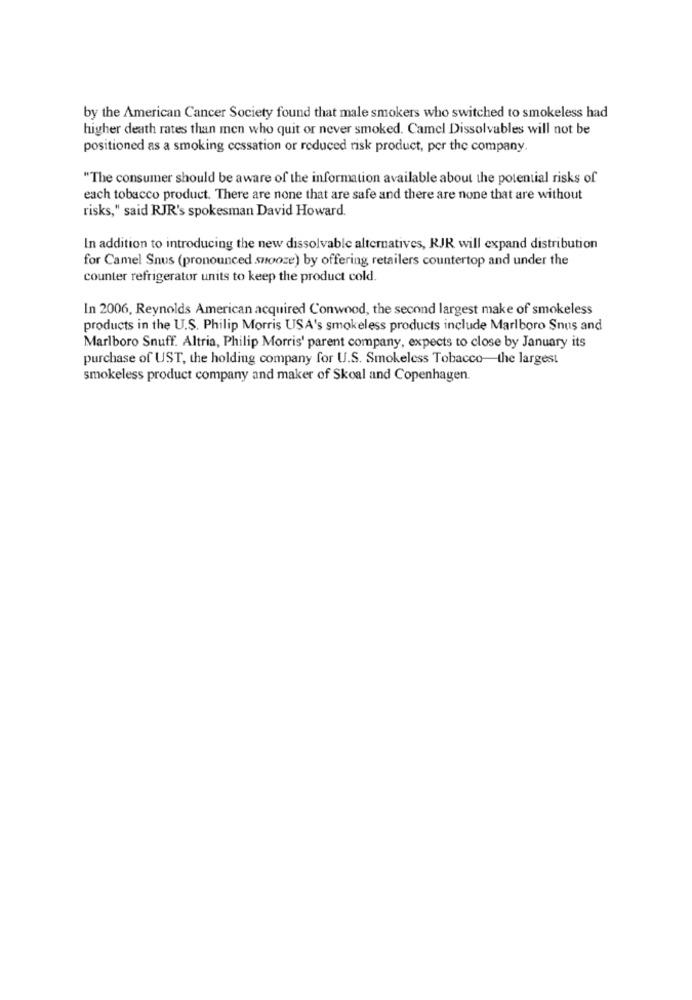
by the American Cancer Society found that male smokers who switched to smokeless had
higher death rates than men who quit or never smoked. Camel Dissolvables will not be
positioned as a smoking cessation or reduced risk product, per the company.
"The consumer should be aware of the information available about the potential risks of
each tobacco product. There are none that are safe and there are none that are without
risks," said RJR's spokesman David Howard.
In addition to introducing the new dissolvable alternatives, RJR will expand distribution
for Camel Snus (pronounced snooze) by offering retailers countertop and under the
counter refrigerator units to keep the product cold.
In 2006, Reynolds American acquired Conwood, the second largest make of smokeless
products in the U.S. Philip Morris USA's smokeless products include Marlboro Snus and
Marlboro Snuff. Altria, Philip Morris' parent company, expects to close by January its
purchase of UST, the holding company for U.S. Smokeless Tobacco-the largest
smokeless product company and maker of Skoal and Copenhagen.